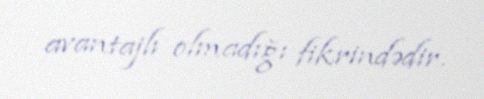
avantajlı olmadığı fikrindədir.